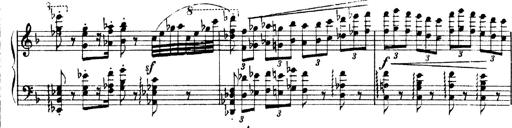
Title: Andante Finale und Marsch aus der Oper KÃ¶nig Alfred
Composer: Franz Liszt